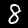
Digit: 8